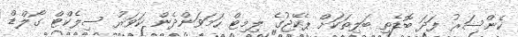
ކެންސަރު ފަދަ ބޮޑެތި ބަލިތަކަށް ޕެކޭޖުގެ ލިމިޓް ހަމަވަންދެން ކަވަރު ސިލެކްޓް ގޯލްޑް